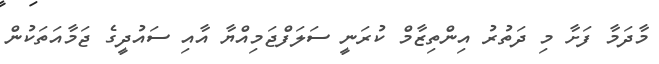
މާދަމާ ފަށާ މި ދަތުރު އިންތިޒާމް ކުރަނީ ސަލަފްޖަމިއްޔާ އާއި ސައުދީގެ ޖަމާއަތަކުން